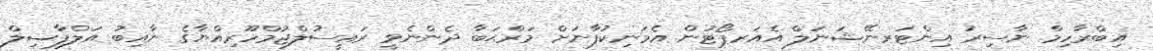
އިބްރާހިމް ނާސިރު އިންޓަރނޭޝަނަލް އެއަރޕޯޓުން އެމަނިކުފާނަށް މަރްޙަބާ ދެންނެވީ ރައީސުލްޖުމްހޫރިއްޔާގެ ނާއިބު އަލްފާޟިލް